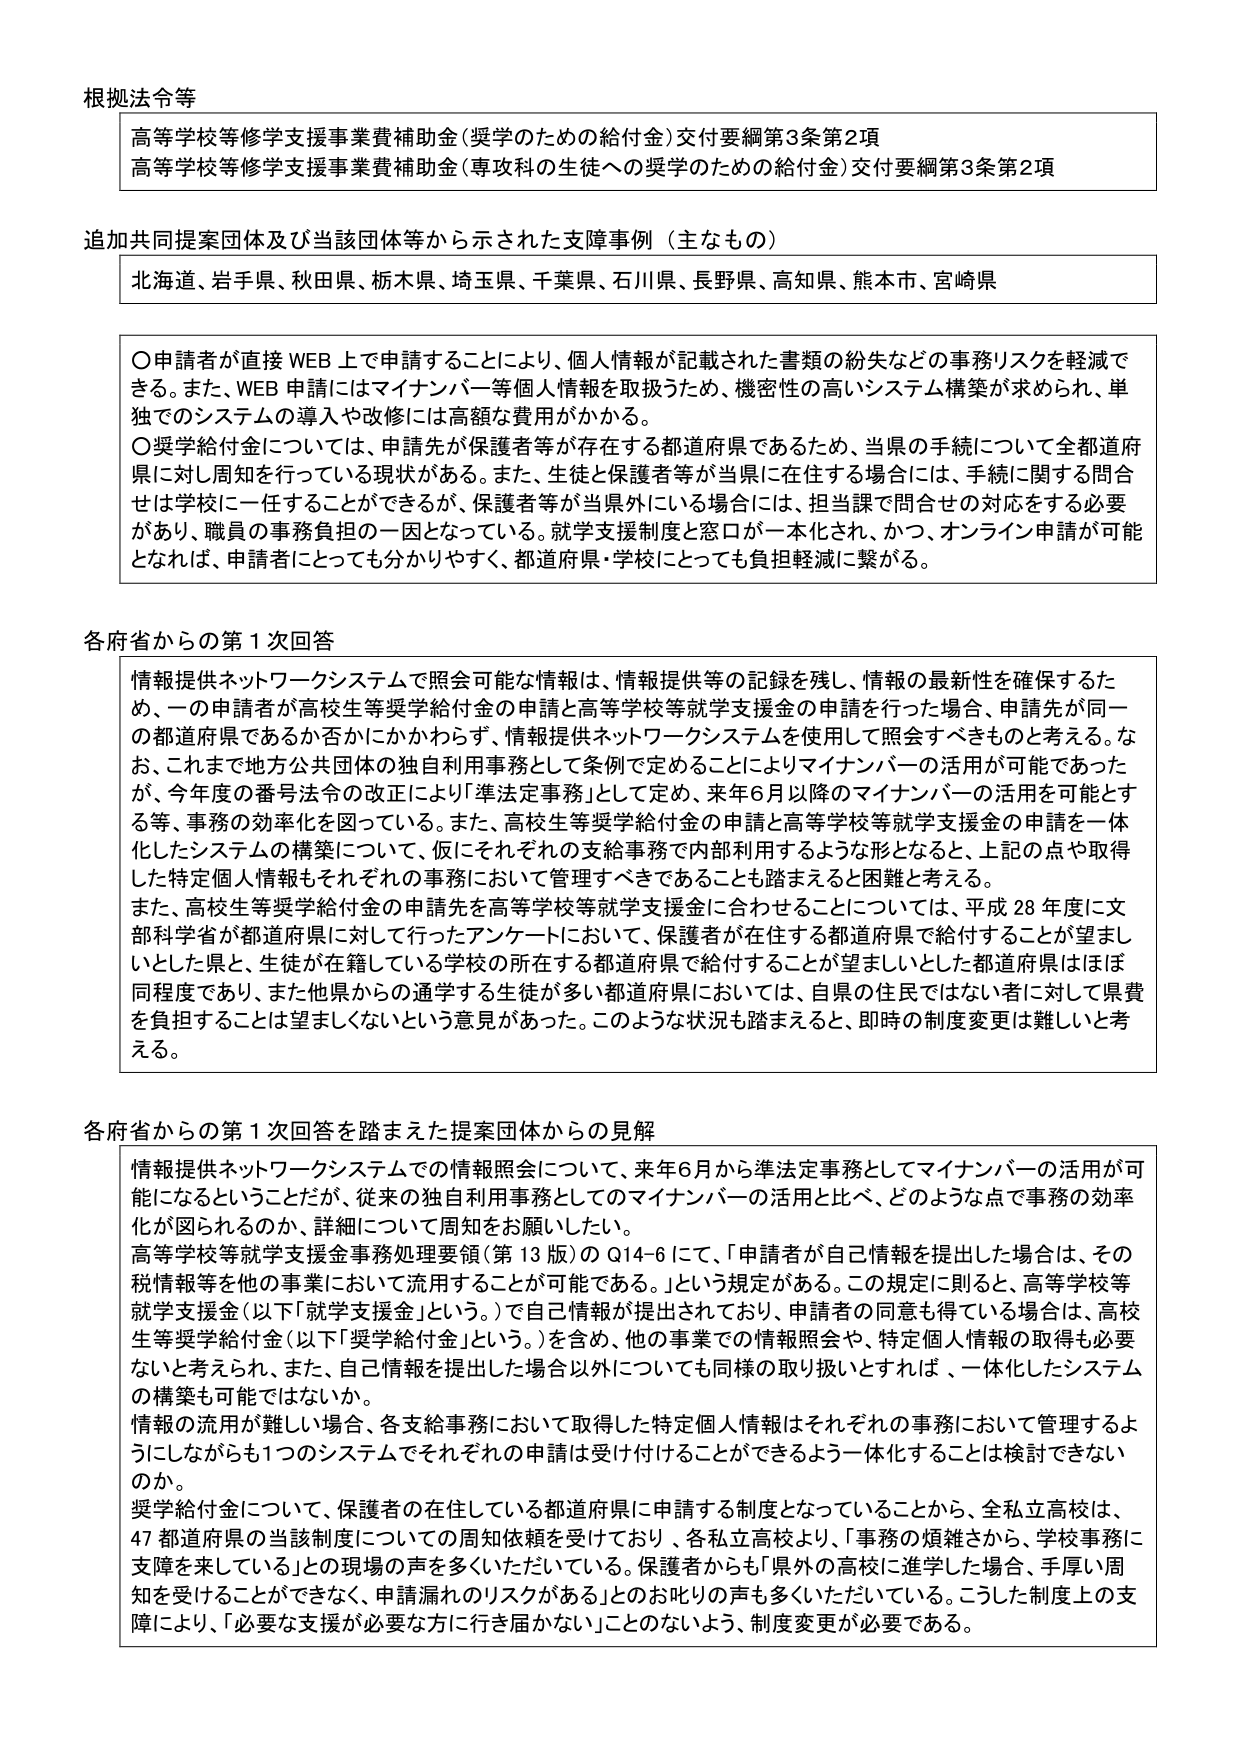
根拠法令等
高等学校等修学支援事業費補助金（奨学のための給付金）交付要綱第3条第2項
高等学校等修学支援事業費補助金（専攻科の生徒への奨学のための給付金）交付要綱第3条第2項

追加共同提案団体及び当該団体等から示された支援事例（主なもの）
北海道、岩手県、秋田県、栃木県、埼玉県、千葉県、石川県、長野県、高知県、熊本市、宮崎県

〇申請者が直接WEB上で申請することにより、個人情報が記載された書類の紛失などの事務リスクを軽減できる。また、WEB申請にはマイナンバー等個人情報を取扱うため、機密性の高いシステム構築が求められ、単独でのシステムの導入や改修には高額な費用がかかる。
〇奨学給付金については、申請先が保護者等が存在する都道府県であるため、当県の手続について全都道府県に対し周知を行っている現状がある。また、生徒と保護者等が当県に在住する場合には、手続に関する問合せは学校に一任することができるが、保護者等が当県外にいる場合には、担当課で問合せの対応をする必要があり、職員の事務負担の一因となっている。就学支援制度と窓口が一本化され、かつ、オンライン申請が可能となれば、申請者にとっても分かりやすく、都道府県・学校にとっても負担軽減に繋がる。

各府省からの第1次回答
情報提供ネットワークシステムで照会可能な情報は、情報提供等の記録を残し、情報の最新性を確保するため、一の申請者が高校生等奨学給付金の申請と高等学校等就学支援金の申請を行った場合、申請先が同一の都道府県であるか否かにかかわらず、情報提供ネットワークシステムを使用して照会すべきものと考える。なお、これまで地方公共団体の独自利用事務として条例で定めることによりマイナンバーの活用が可能であったが、今年度の番号法令の改定により「準法定事務」として定め、来年6月以降のマイナンバーの活用を可能とする等、事務の効率化を図っている。また、高校生等奨学給付金の申請と高等学校等就学支援金の申請を一体化したシステムの構築について、仮にそれぞれの支給事務で内部利用するような形となると、上記の点や取得した特定個人情報もそれぞれの事務において管理すべきであることも踏まえると困難と考える。
また、高校生等奨学給付金の申請先を高等学校等就学支援金に合わせることについては、平成28年度に文部科学省が都道府県に対して行ったアンケートにおいて、保護者が在住する都道府県で給付することが望ましいとした県と、生徒が在籍している学校の所在する都道府県で給付することが望ましいとした都道府県はほぼ同程度であり、また他県からの通学する生徒が多い都道府県においては、自県の住民ではない者に対して県費を負担することは望ましくないという意見があった。このような状況も踏まえると、即時の制度変更は難しいと考える。

各府省からの第1次回答を踏まえた提案団体からの見解
情報提供ネットワークシステムでの情報照会について、来年6月から準法定事務としてマイナンバーの活用が可能になるということだが、従来の独自利用事務としてのマイナンバーの活用と比べ、どのような点で事務の効率化が図られるのか、詳細について周知をお願いしたい。
高等学校等就学支援金事務処理要領（第13版）のQ14-6にて、「申請者が自己情報を提出した場合は、その税情報等を他の事業において流用することが可能である。」という規定がある。この規定に則ると、高等学校等就学支援金（以下「就学支援金」という。）で自己情報が提出されており、申請者の同意も得ている場合は、高校生等奨学給付金（以下「奨学給付金」という。）を含め、他の事業での情報照会や、特定個人情報の取得も必要ないと考えられ、また、自己情報を提出した場合以外についても同様の取り扱いとすれば、一体化したシステムの構築も可能ではないか。
情報の流用が難しい場合、各支給事務において取得した特定個人情報はそれぞれの事務において管理するようにしながらも1つのシステムでそれぞれの申請は受け付けることができるよう一体化することは検討できないのか。
奨学給付金について、保護者の在住している都道府県に申請する制度となっていることから、全私立高校は、47都道府県の当該制度についての周知依頼を受けており、各私立高校より、「事務の煩雑さから、学校事務に支障を来している」との現場の声を多くいただいている。保護者からも「県外の高校に進学した場合、手厚い周知を受けることができなく、申請漏れのリスクがある」とのお叱りの声も多くいただいている。こうした制度上の支障により、「必要な支援が必要な方に行き届かない」ことのないよう、制度変更が必要である。